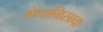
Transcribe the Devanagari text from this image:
शेचाळिसावा